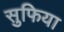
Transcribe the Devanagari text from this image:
सुफिया